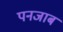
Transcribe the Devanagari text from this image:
पनजाब